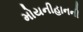
મોયનીહાનની